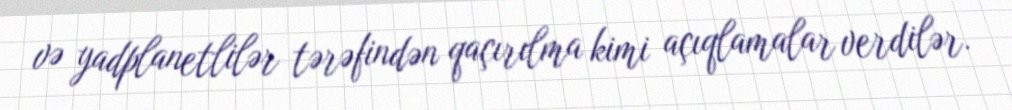
və yadplanetlilər tərəfindən qaçırılma kimi açıqlamalar verdilər.